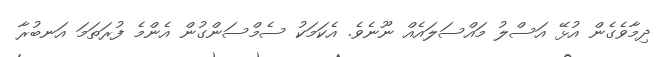
ދިމާވެގެން އުޅޭ އަސްލު މައްސަލައެއް ނޫނެވެ. އެކަމަކު ސެމްސަންގުން އެންމެ ފުރަތަމަ އަނބުރާ